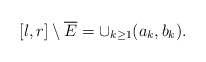
\begin{align*}[l,r]\setminus \overline{E}=\cup_{k\geq 1}(a_k,b_k). \end{align*}